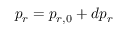
p _ { r } = p _ { r , 0 } + d p _ { r }